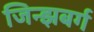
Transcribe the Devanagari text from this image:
जिन्झबर्ग